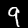
Digit: 9